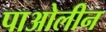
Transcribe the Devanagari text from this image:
पाओलीन